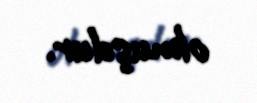
olmuşdur.